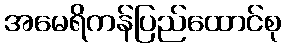
အမေရိကန်ပြည်ထောင်စု